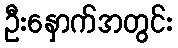
ဦးနှောက်အတွင်း